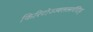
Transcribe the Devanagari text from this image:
किरिटोज्ज्वलत्सर्वदिक्‌